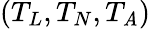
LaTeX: (T_{L},T_{N},T_{\mathit{A}})